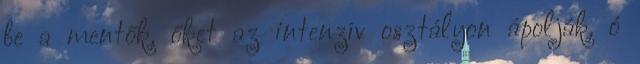
be a mentők, őket az intenzív osztályon ápolják. ó